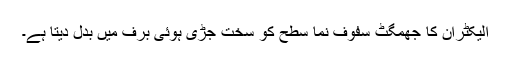
الیکٹران کا جھمگٹ سفوف نما سطح کو سخت جڑی ہوئی برف میں بدل دیتا ہے۔